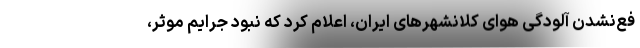
فع‌نشدن آلودگی هوای کلانشهرهای ایران، اعلام کرد که نبود جرایم موثر،